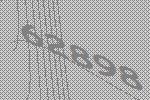
62898